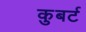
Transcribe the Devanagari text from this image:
कुबर्ट